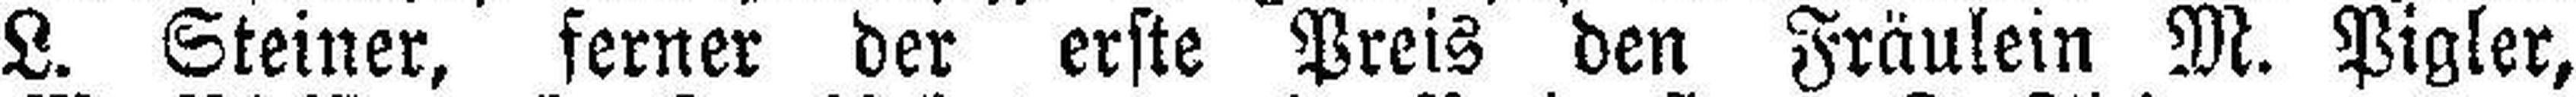
L. Steiner, ferner der erste Preis den Fräulein M. Pigler,